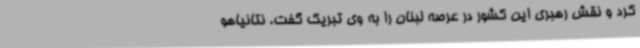
کرد و نقش رهبری این کشور در عرصه لبنان را به وی تبریک گفت. نتانیاهو